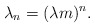
\begin{align*}\lambda_n=(\lambda{m})^n.\end{align*}